King Institute of Preventive Medicine Micro-Biological Section reports 1909-11
Year: 1909
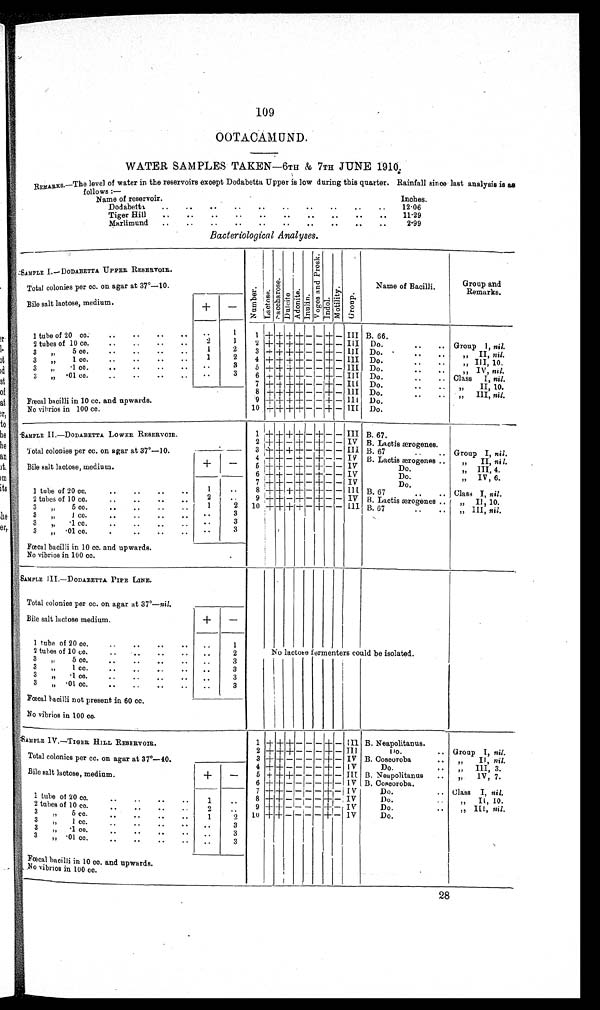
109
OOTACAMUND.
WATER SAMPLES TAKEN—6TH & 7TH JUNE 1910.
REMARKS.–The
level of water in the reservoirs except Dodabetta Upper is low during this quarter. Rainfall since last analysis is as
follows:–
Name of reservoir.
Inches.
Dodabetta
12·06
Tiger Hill
11·29
Marlimund
2·99
B a c t e r i z o l o g i c a l A n a l y s e s .
S A M P L E I . – D O D A B E T T A U P P E R R E S E R V O I R .
NumberLa c t osNacchar os e.DulciteAdoni t e.Inulin.
V o g e s a n d P r o s k .
Indol . Moti l i tyGroup
Name of Bacilli.
Group and
Remarks.
Total colonies per cc. on agar at 37°–10.
Bile salt lactose, medium.
+
–
1 tube of 20 cc.
1
1
+ + + +
+
–
+
– III
B. 66.
2 tubes of 10 c
c .
2
1
2 + + + +
– –
+
–
III
Do.
Group 1, nil.
3 „ 5 cc.
1
2
3
+ + + +
– –
+
–
III
Do.
„ II, nil.
3 „ 1 cc.
1
2
4
+ + + +
– –
+
–
III
Do.
„ III, 10.
3 „ ·1 cc.
1
3
5
+ + + +
– –
+
–
III
Do.
„ IV, nil.
3 „ ·01 cc.
3
6
+ + + +
– –
+
–
III Do.
Class I, nil.
7
+ + + +
– –
+
–
III
Do.
„ II, 10.
8
+ + + +
– –
+
–
III
Do.
„ III, nil.
Fœcal bacilli in 10 cc. and upwards.
9
+ + + +
– –
+
–
III
Do.
No vibrios in 100 cc.
10
+ + + +
– –
+
–
III
Do.
SAMPLE II.—DODABETTA LOWER RESERVOIR.
1
+ + + +
–
+
– –
III
B. 67.
2
+ +
–
+
–
+
– –
IV
B. Lact i s ærogenes.
Total colonies cc. on agar at 37°—10.
3
+ + + +
–
+
– –
III
B. 67
Group I, nil .
4
+ +
–
+
–
+
– –
IV
B. Lactis ærogenes
„ II, nil.
Bile salt lactose, medium.
+
–
5
+ +
–
+
–
+
– –
IV
Do.
„ III, 4.
6
+ +
–
+
–
+
– –
IV
Do.
„ IV, 6.
7
+ +
–
+
–
+
– –
IV
Do.
1 tube 20 cc.
1
8
+ + + +
–
+
– –
III
B. 67
Class I, nil.
2 tubes of 10 cc.
2
9
+ +
–
+
–
+
– –
IV
B. Lactis ærogenes
„ II, 10.
3 „ 5 cc.
1
2
10
+ + + +
–
+
– –
III
B. 67
„ III, nil.
3 „ 1 cc.
3
3 „ · 1 c c .
3
3 „ ·01 cc.
3
Fœcal bacilli in 10 cc. and upwards.
No vibrios in 100 cc.
SAMPLE III.—DODABETTA PIPE LINE.
Total colonies per cc. on agar at 37°— nil.
Bile salt lactose medium.
+
–
1 tube. of 20 cc.
1
2 tubes of 10 cc.
2 N o l a c t o s e f e r m e n t e r s c o u l d b e i s o l a t e d .
3 „ 5 cc.
3
3 „ 1 cc.
3
3 „ · 1 c c .
3
3 „ ·01 cc.
3
Fœcal bacilli not present in 60 cc.
No vibrios in 100 cc.
SAMPLE IV.—TIGER HILL RESERVOIR.
1
+ + +
– – –
+
–
III
B. Neapolitanus.
2
+ + +
– – –
+
–
III
Do. Group I, nil.
Total colonies per cc. on agar at 37°-40.
3
+ +
– – – –
+
–
IV
B. Coscoroba
,, II, nil.
4
+ +
– – – –
+
–
IV
Do.
,, III, 3.
Bile salt lactose, medium.
+
–
5
+ + +
– – –
+
–
III
B. Neapolitanus
„ IV, 7.
6
+ +
– – – –
+
–
IV
B. Coscoroba.
7
+ +
– – – –
+
–
IV
Do.
Class I, nil.
1 tube of 20 cc.
1
8
+ +
– – – –
+
–
IV
Do.
,, II, 10.
2 tubes of 10 cc.
2
9
+ +
– – – –
+
–
IV
Do.
„ III, nil.
3 „ 5 cc.
1
2
1 0
+ +
– – – –
+
–
IV
Do.
3 „ 1 cc.
3
3 „ · 1 c c .
3
3 „ ·01 cc.
3
Fœcal bacilli in 10 cc. and upwards.
No vibrios in 100 cc.
28